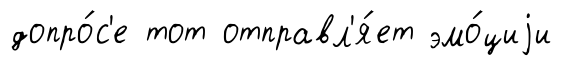
допро́с'е тот отправл'я́ет эмо́циjи